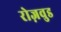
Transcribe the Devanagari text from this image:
रोज़वुड